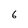
Character: 6